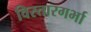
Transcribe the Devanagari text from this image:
विस्तारगर्भा